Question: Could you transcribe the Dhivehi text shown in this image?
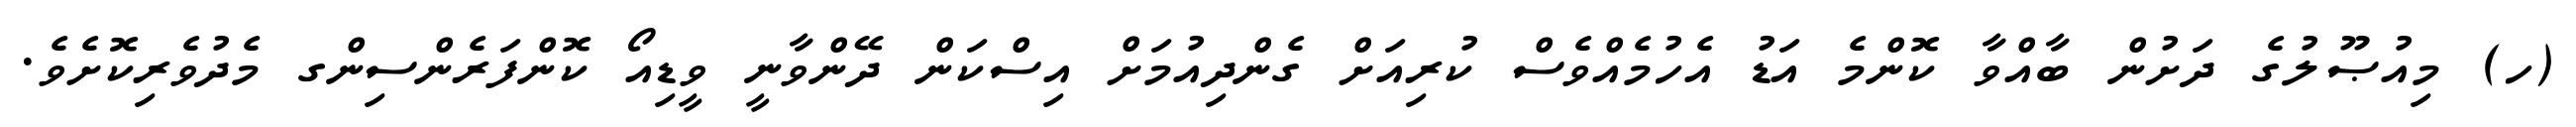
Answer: (ހ) މިއުޞޫލުގެ ދަށުން ބާއްވާ ކޮންމެ އަޑު އެހުމެއްވެސް ކުރިއަށް ގެންދިއުމަށް އިސްކަން ދޭންވާނީ ވީޑިއޯ ކޮންފަރެންސިންގ މެދުވެރިކޮށެވެ.